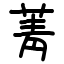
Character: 菁